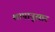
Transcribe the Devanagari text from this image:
शापानुसार